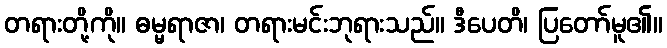
တရားတို့ကို။ ဓမ္မရာဇာ၊ တရားမင်းဘုရားသည်။ ဒီပေတိ၊ ပြတော်မူ၏။